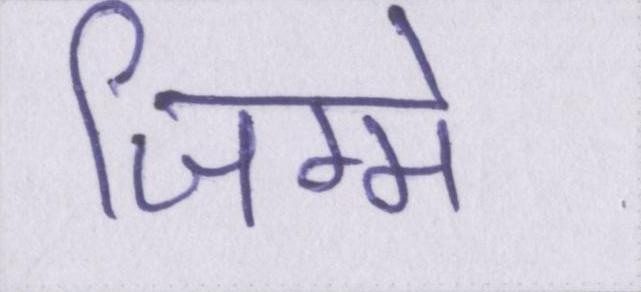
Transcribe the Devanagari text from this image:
जिम्मे